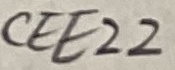
Text: CEE22